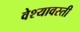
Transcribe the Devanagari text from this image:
वेश्यावस्ती